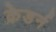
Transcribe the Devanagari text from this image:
क्रेडर्न